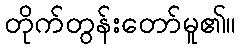
တိုက်တွန်းတော်မူ၏။